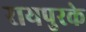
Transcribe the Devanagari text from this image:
रायपुरके